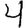
Digit: 4